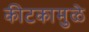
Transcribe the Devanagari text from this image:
कीटकामुळे